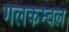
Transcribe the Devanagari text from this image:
गलकम्बल